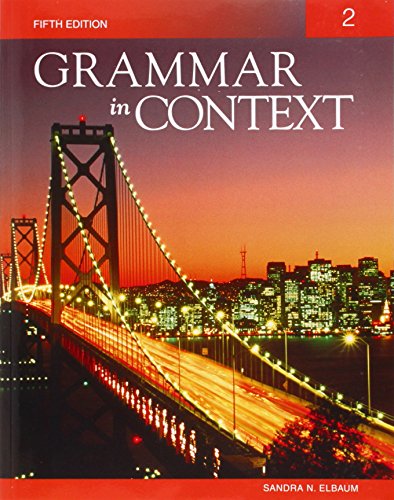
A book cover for Grammar in Context 2; Sandra N. Elbaum; Reference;